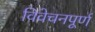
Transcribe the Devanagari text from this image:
विवेचनपूर्ण